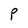
Character: P